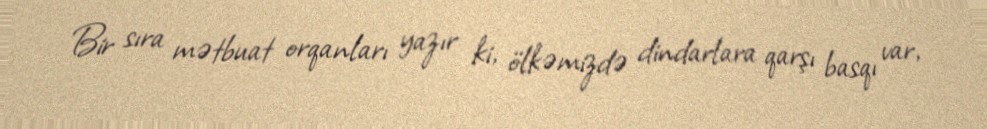
Bir sıra mətbuat orqanları yazır ki, ölkəmizdə dindarlara qarşı basqı var,